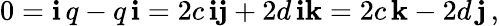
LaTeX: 0=\mathbf{i}\, q-q\, \mathbf{i}=2c\, \mathbf{ij}+2d\, \mathbf{ik}=2c\, \mathbf{k}-2d\, \mathbf{j}\, ,